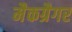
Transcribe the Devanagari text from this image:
मैकग्रैगर